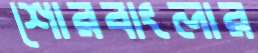
শোরবাংলার